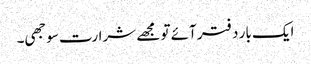
ایک بار دفتر آئے تو مجھے شرارت سوجھی۔